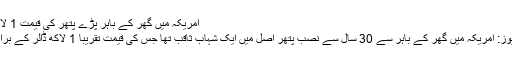
امریکہ میں گھر کے باہر پڑے پتھر کی قیمت 1 لاکھ ڈالر
پبلک نیوز: امریکہ میں گھر کے باہر سے 30 سال سے نصب پتھر اصل میں ایک شہاب ثاقب تھا جس کی قیمت تقریبا 1 لاکھ ڈالر کے برابر ہے۔